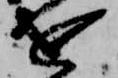
を